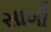
સાખી